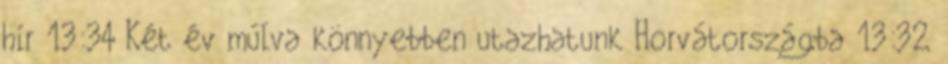
hír 13:34 Két év múlva könnyebben utazhatunk Horvátországba 13:32